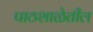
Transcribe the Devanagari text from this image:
पाठशाळेतील